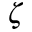
\zeta